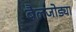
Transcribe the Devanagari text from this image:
बैलजोड्या